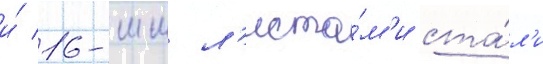
и́ 16-мм л'иста́м'и ста́л'и